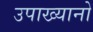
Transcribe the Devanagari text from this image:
उपाख्यानो